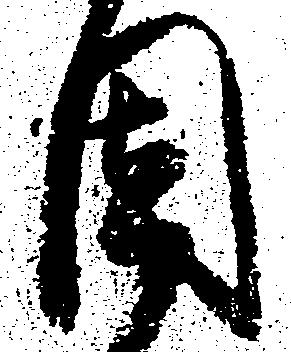
固